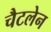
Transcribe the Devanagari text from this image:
चैटलेन